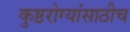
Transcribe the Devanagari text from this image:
कुष्ठरोग्यांसाठीच